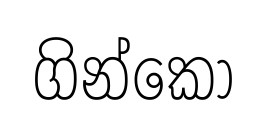
ගින්කෝ